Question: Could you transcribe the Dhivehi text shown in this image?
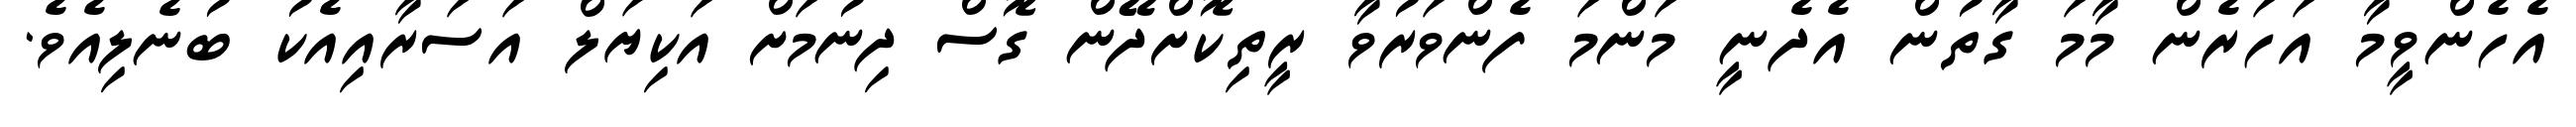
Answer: އެހެންވީމާ އަހަރެން މާމަ ގާތުން އެދެނީ މަންމަ ފެންވަރުވާ ރީތިކޮށްދޭން ގޮސް ދިނުމަށް އަކިޔަލް އަސަރާއިއެކު ބުނެލިއެވެ.